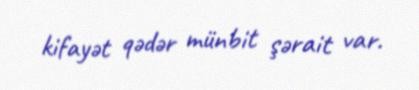
kifayət qədər münbit şərait var.